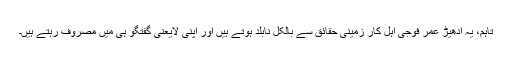
تاہم، یہ ادھیڑ عُمر فوجی اہل کار زمینی حقائق سے بالکل نابلد ہوتے ہیں اور اپنی لایعنی گفتگو ہی میں مصروف رہتے ہیں۔